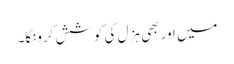
میں اور بھی ہزل کی کوشش کرونگا۔